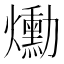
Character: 爋